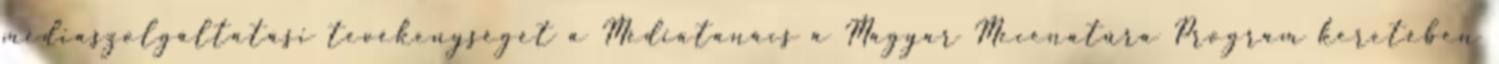
médiaszolgáltatási tevékenységét a Médiatanács a Magyar Mecenatúra Program keretében